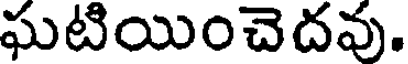
ఘటియించెదవు.